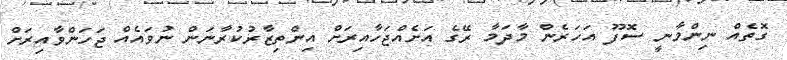
ގޮތެއް ނިންމާނީ ސޮފޫ އަހަރެން މާދަމާ ރޭގެ އަށެއްޖަހާއިރަށް އިންތިޒާރުކުރާނަން ނުވައެއް ޖަހަންވާއިރަށް